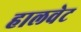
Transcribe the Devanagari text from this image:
हालवेट